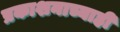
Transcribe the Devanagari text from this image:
प्रकाशनाच्याही